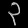
Digit: ၃